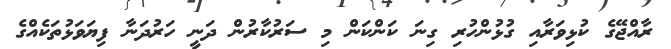
ރާއްޖޭގެ ކުޅިވަރާއި ގުޅުންހުރި ގިނަ ކަންކަން މި ސަރުކާރުން ދަނީ ހަރުދަނާ ފިޔަވަޅުތަކެއްގެ